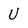
Character: U